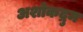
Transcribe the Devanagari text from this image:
अशोकद्रुम